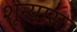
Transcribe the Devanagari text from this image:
शून्यास